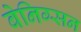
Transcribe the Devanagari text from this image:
बेनिग्सन